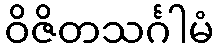
ဝိဇိတသင်္ဂါမံ